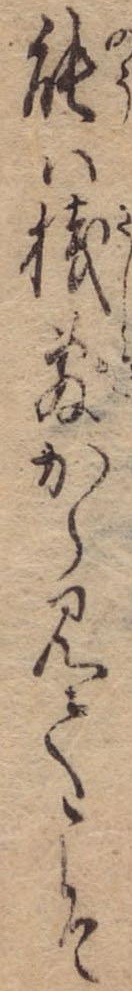
能は桟敷から見てこそ